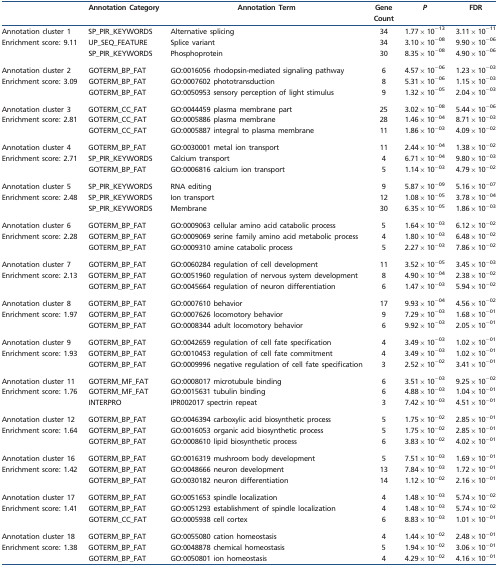
<table><thead><tr><td></td><td><b>Annotation Category</b></td><td><b>Annotation Term</b></td><td><b>Gene Count</b></td><td><b><i>P</i></b></td><td><b>FDR</b></td></tr></thead><tbody><tr><td>Annotation cluster 1</td><td>SP_PIR_KEYWORDS</td><td>Alternative splicing</td><td>34</td><td>1.77 × 10<sup>−13</sup></td><td>3.11 × 10<sup>−11</sup></td></tr><tr><td rowspan="2">Enrichment score: 9.11</td><td>UP_SEQ_FEATURE</td><td>Splice variant</td><td>34</td><td>3.10 × 10<sup>−08</sup></td><td>9.90 × 10<sup>−06</sup></td></tr><tr><td>SP_PIR_KEYWORDS</td><td>Phosphoprotein</td><td>30</td><td>8.35 × 10<sup>−08</sup></td><td>4.90 × 10<sup>−06</sup></td></tr><tr><td>Annotation cluster 2</td><td>GOTERM_BP_FAT</td><td>GO:0016056 rhodopsin-mediated signaling pathway</td><td>6</td><td>4.57 × 10<sup>−06</sup></td><td>1.23 × 10<sup>−03</sup></td></tr><tr><td rowspan="2">Enrichment score: 3.09</td><td>GOTERM_BP_FAT</td><td>GO:0007602 phototransduction</td><td>8</td><td>5.31 × 10<sup>−06</sup></td><td>1.15 × 10<sup>−03</sup></td></tr><tr><td>GOTERM_BP_FAT</td><td>GO:0050953 sensory perception of light stimulus</td><td>9</td><td>1.32 × 10<sup>−05</sup></td><td>2.04 × 10<sup>−03</sup></td></tr><tr><td>Annotation cluster 3</td><td>GOTERM_CC_FAT</td><td>GO:0044459 plasma membrane part</td><td>25</td><td>3.02 × 10<sup>−08</sup></td><td>5.44 × 10<sup>−06</sup></td></tr><tr><td rowspan="2">Enrichment score: 2.81</td><td>GOTERM_CC_FAT</td><td>GO:0005886 plasma membrane</td><td>28</td><td>1.46 × 10<sup>−04</sup></td><td>8.71 × 10<sup>−03</sup></td></tr><tr><td>GOTERM_CC_FAT</td><td>GO:0005887 integral to plasma membrane</td><td>11</td><td>1.86 × 10<sup>−03</sup></td><td>4.09 × 10<sup>−02</sup></td></tr><tr><td>Annotation cluster 4</td><td>GOTERM_BP_FAT</td><td>GO:0030001 metal ion transport</td><td>11</td><td>2.44 × 10<sup>−04</sup></td><td>1.38 × 10<sup>−02</sup></td></tr><tr><td rowspan="2">Enrichment score: 2.71</td><td>SP_PIR_KEYWORDS</td><td>Calcium transport</td><td>4</td><td>6.71 × 10<sup>−04</sup></td><td>9.80 × 10<sup>−03</sup></td></tr><tr><td>GOTERM_BP_FAT</td><td>GO:0006816 calcium ion transport</td><td>5</td><td>1.14 × 10<sup>−03</sup></td><td>4.79 × 10<sup>−02</sup></td></tr><tr><td>Annotation cluster 5</td><td>SP_PIR_KEYWORDS</td><td>RNA editing</td><td>9</td><td>5.87 × 10<sup>−09</sup></td><td>5.16 × 10<sup>−07</sup></td></tr><tr><td rowspan="2">Enrichment score: 2.48</td><td>SP_PIR_KEYWORDS</td><td>Ion transport</td><td>12</td><td>1.08 × 10<sup>−05</sup></td><td>3.78 × 10<sup>−04</sup></td></tr><tr><td>SP_PIR_KEYWORDS</td><td>Membrane</td><td>30</td><td>6.35 × 10<sup>−05</sup></td><td>1.86 × 10<sup>−03</sup></td></tr><tr><td>Annotation cluster 6</td><td>GOTERM_BP_FAT</td><td>GO:0009063 cellular amino acid catabolic process</td><td>5</td><td>1.64 × 10<sup>−03</sup></td><td>6.12 × 10<sup>−02</sup></td></tr><tr><td rowspan="2">Enrichment score: 2.28</td><td>GOTERM_BP_FAT</td><td>GO:0009069 serine family amino acid metabolic process</td><td>4</td><td>1.80 × 10<sup>−03</sup></td><td>6.48 × 10<sup>−02</sup></td></tr><tr><td>GOTERM_BP_FAT</td><td>GO:0009310 amine catabolic process</td><td>5</td><td>2.27 × 10<sup>−03</sup></td><td>7.86 × 10<sup>−02</sup></td></tr><tr><td>Annotation cluster 7</td><td>GOTERM_BP_FAT</td><td>GO:0060284 regulation of cell development</td><td>11</td><td>3.52 × 10<sup>−05</sup></td><td>3.45 × 10<sup>−03</sup></td></tr><tr><td rowspan="2">Enrichment score: 2.13</td><td>GOTERM_BP_FAT</td><td>GO:0051960 regulation of nervous system development</td><td>8</td><td>4.90 × 10<sup>−04</sup></td><td>2.38 × 10<sup>−02</sup></td></tr><tr><td>GOTERM_BP_FAT</td><td>GO:0045664 regulation of neuron differentiation</td><td>6</td><td>1.47 × 10<sup>−03</sup></td><td>5.94 × 10<sup>−02</sup></td></tr><tr><td>Annotation cluster 8</td><td>GOTERM_BP_FAT</td><td>GO:0007610 behavior</td><td>17</td><td>9.93 × 10<sup>−04</sup></td><td>4.56 × 10<sup>−02</sup></td></tr><tr><td rowspan="2">Enrichment score: 1.97</td><td>GOTERM_BP_FAT</td><td>GO:0007626 locomotory behavior</td><td>9</td><td>7.29 × 10<sup>−03</sup></td><td>1.68 × 10<sup>−01</sup></td></tr><tr><td>GOTERM_BP_FAT</td><td>GO:0008344 adult locomotory behavior</td><td>6</td><td>9.92 × 10<sup>−03</sup></td><td>2.05 × 10<sup>−01</sup></td></tr><tr><td>Annotation cluster 9</td><td>GOTERM_BP_FAT</td><td>GO:0042659 regulation of cell fate specification</td><td>4</td><td>3.49 × 10<sup>−03</sup></td><td>1.02 × 10<sup>−01</sup></td></tr><tr><td rowspan="2">Enrichment score: 1.93</td><td>GOTERM_BP_FAT</td><td>GO:0010453 regulation of cell fate commitment</td><td>4</td><td>3.49 × 10<sup>−03</sup></td><td>1.02 × 10<sup>−01</sup></td></tr><tr><td>GOTERM_BP_FAT</td><td>GO:0009996 negative regulation of cell fate specification</td><td>3</td><td>2.52 × 10<sup>−02</sup></td><td>3.41 × 10<sup>−01</sup></td></tr><tr><td>Annotation cluster 11</td><td>GOTERM_MF_FAT</td><td>GO:0008017 microtubule binding</td><td>6</td><td>3.51 × 10<sup>−03</sup></td><td>9.25 × 10<sup>−02</sup></td></tr><tr><td rowspan="2">Enrichment score: 1.76</td><td>GOTERM_MF_FAT</td><td>GO:0015631 tubulin binding</td><td>6</td><td>4.88 × 10<sup>−03</sup></td><td>1.04 × 10<sup>−01</sup></td></tr><tr><td>INTERPRO</td><td>IPR002017 spectrin repeat</td><td>3</td><td>7.42 × 10<sup>−03</sup></td><td>4.51 × 10<sup>−01</sup></td></tr><tr><td>Annotation cluster 12</td><td>GOTERM_BP_FAT</td><td>GO:0046394 carboxylic acid biosynthetic process</td><td>5</td><td>1.75 × 10<sup>−02</sup></td><td>2.85 × 10<sup>−01</sup></td></tr><tr><td rowspan="2">Enrichment score: 1.64</td><td>GOTERM_BP_FAT</td><td>GO:0016053 organic acid biosynthetic process</td><td>5</td><td>1.75 × 10<sup>−02</sup></td><td>2.85 × 10<sup>−01</sup></td></tr><tr><td>GOTERM_BP_FAT</td><td>GO:0008610 lipid biosynthetic process</td><td>6</td><td>3.83 × 10<sup>−02</sup></td><td>4.02 × 10<sup>−01</sup></td></tr><tr><td>Annotation cluster 16</td><td>GOTERM_BP_FAT</td><td>GO:0016319 mushroom body development</td><td>5</td><td>7.51 × 10<sup>−03</sup></td><td>1.69 × 10<sup>−01</sup></td></tr><tr><td rowspan="2">Enrichment score: 1.42</td><td>GOTERM_BP_FAT</td><td>GO:0048666 neuron development</td><td>13</td><td>7.84 × 10<sup>−03</sup></td><td>1.72 × 10<sup>−01</sup></td></tr><tr><td>GOTERM_BP_FAT</td><td>GO:0030182 neuron differentiation</td><td>14</td><td>1.12 × 10<sup>−02</sup></td><td>2.16 × 10<sup>−01</sup></td></tr><tr><td>Annotation cluster 17</td><td>GOTERM_BP_FAT</td><td>GO:0051653 spindle localization</td><td>4</td><td>1.48 × 10<sup>−03</sup></td><td>5.74 × 10<sup>−02</sup></td></tr><tr><td rowspan="2">Enrichment score: 1.41</td><td>GOTERM_BP_FAT</td><td>GO:0051293 establishment of spindle localization</td><td>4</td><td>1.48 × 10<sup>−03</sup></td><td>5.74 × 10<sup>−02</sup></td></tr><tr><td>GOTERM_CC_FAT</td><td>GO:0005938 cell cortex</td><td>6</td><td>8.83 × 10<sup>−03</sup></td><td>1.01 × 10<sup>−01</sup></td></tr><tr><td>Annotation cluster 18</td><td>GOTERM_BP_FAT</td><td>GO:0055080 cation homeostasis</td><td>4</td><td>1.44 × 10<sup>−02</sup></td><td>2.48 × 10<sup>−01</sup></td></tr><tr><td rowspan="2">Enrichment score: 1.38</td><td>GOTERM_BP_FAT</td><td>GO:0048878 chemical homeostasis</td><td>5</td><td>1.94 × 10<sup>−02</sup></td><td>3.06 × 10<sup>−01</sup></td></tr><tr><td>GOTERM_BP_FAT</td><td>GO:0050801 ion homeostasis</td><td>4</td><td>4.29 × 10<sup>−02</sup></td><td>4.16 × 10<sup>−01</sup></td></tr></tbody></table>